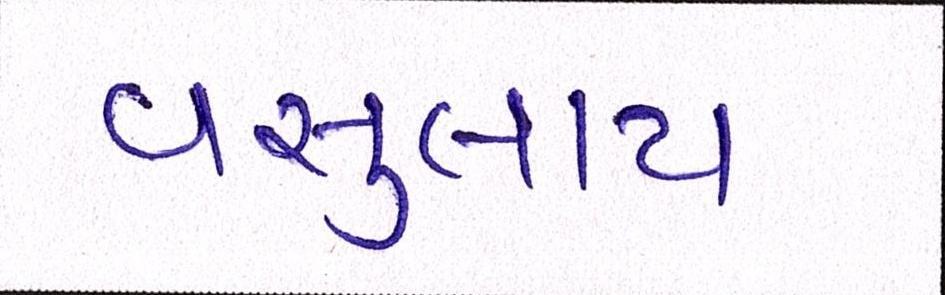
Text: વસુલાય